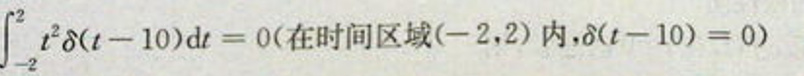
\[\int_{-2}^{2} t^{2}\delta(t - 10)\mathrm{d}t = 0(\text{在时间区域}(-2,2)\text{内},\delta(t - 10) = 0)\]